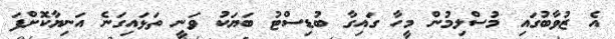
އެ ޒުވާބުގައި މުސްލިމުން މީހާ ގައިގާ ބުޑިސްޓު ބަޔަކު ވަނީ ތަޅައިގަނެ އަނިޔާކޮށްފަ